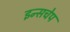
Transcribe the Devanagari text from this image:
इन्सचेप